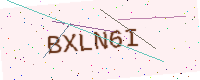
Text: BXLN6I